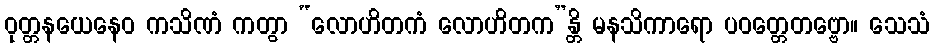
ဝုတ္တနယေနေဝ ကသိဏံ ကတွာ “လောဟိတကံ လောဟိတက”န္တိ မနသိကာရော ပဝတ္တေတဗ္ဗော။ သေသံ